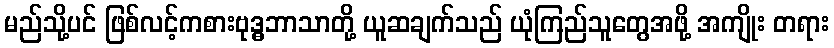
မည်သို့ပင် ဖြစ်လင့်ကစားဗုဒ္ဓဘာသာတို့ ယူဆချက်သည် ယုံကြည်သူတွေအဖို့ အကျိုး တရား